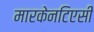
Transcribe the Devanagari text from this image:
मारकेनटिएसी